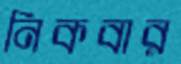
নিকবার